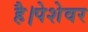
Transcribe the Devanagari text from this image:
है।पेशेवर